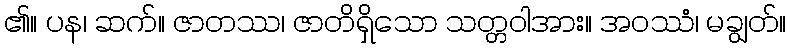
၏။ ပန၊ ဆက်။ ဇာတဿ၊ ဇာတိရှိသော သတ္တဝါအား။ အဝဿံ၊ မချွတ်။